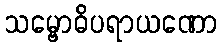
သမ္ဗောဓိပရာယဏော